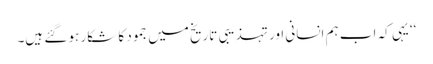
‘‘یہی کہ اب ہم انسانی اور تہذیبی تاریخ میں جمود کا شکار ہو گئے ہیں۔